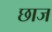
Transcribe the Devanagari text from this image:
छाज